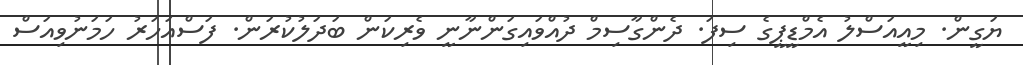
ޔަގީން. މިއީއަސްލު އެމްޑީޕީގެ ސިފަ. ދެންގާސިމް ދުއްވައިގަންނާނީ ވެރިކަން ބަދަލުކުރަން. ފަސްއަހަރު ހަމަނުވިއަސް